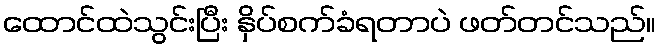
ထောင်ထဲသွင်းပြီး နှိပ်စက်ခံရတာပဲ ဖတ်တင်သည်။